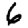
Digit: 6